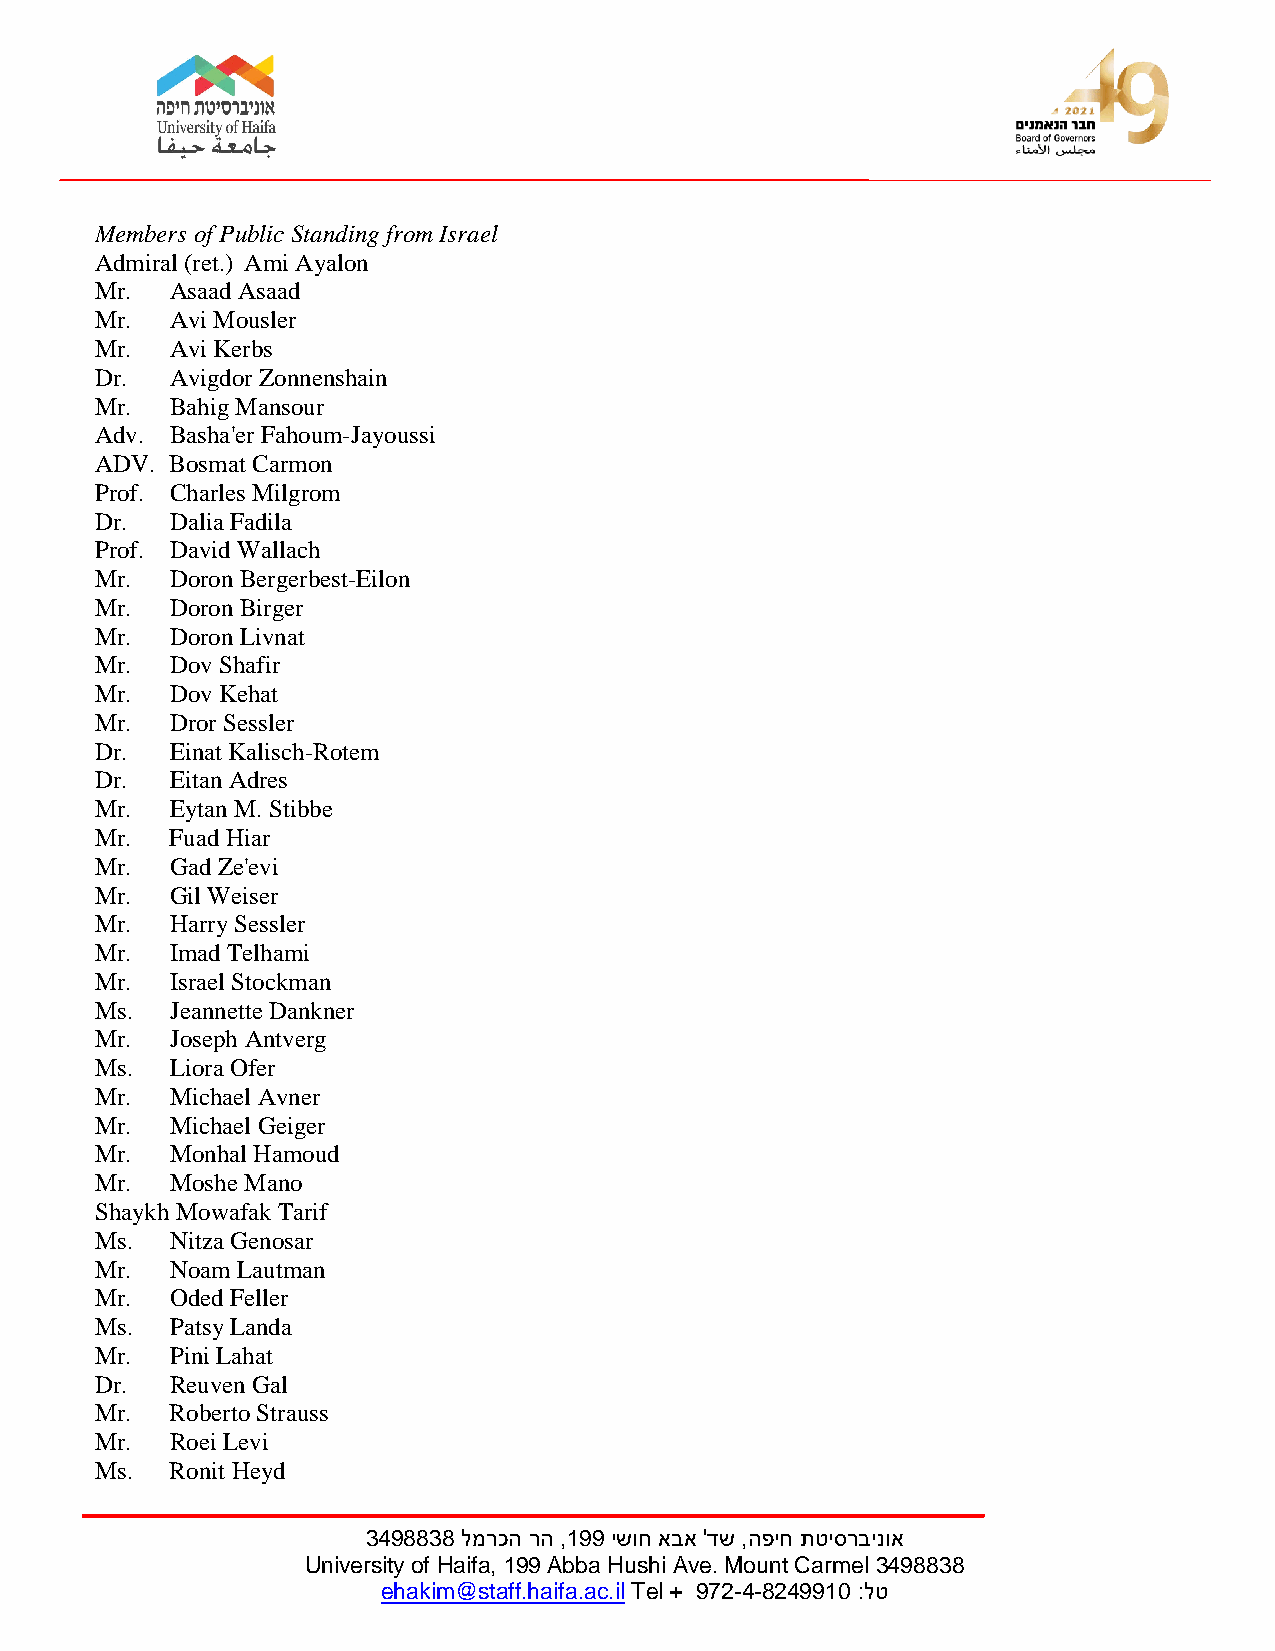
Members of Public Standing from Israel
 Admiral (ret.) Ami Ayalon
 Mr.  Asaad Asaad
 Mr.  Avi Mousler
 Mr.  Avi Kerbs
 Dr.  Avigdor Zonnenshain
 Mr.  Bahig Mansour
 Adv. Basha'er Fahoum-Jayoussi
 ADV. Bosmat Carmon
 Prof. Charles Milgrom
 Dr.  Dalia Fadila
 Prof. David Wallach
 Mr.  Doron Bergerbest-Eilon
 Mr.  Doron Birger
 Mr.  Doron Livnat
 Mr.  Dov Shafir
 Mr.  Dov Kehat
 Mr.  Dror Sessler
 Dr.  Einat Kalisch-Rotem
 Dr.  Eitan Adres
 Mr.  Eytan M. Stibbe
 Mr.  Fuad Hiar
 Mr.  Gad Ze'evi
 Mr.  Gil Weiser
 Mr.  Harry Sessler
 Mr.  Imad Telhami
 Mr.  Israel Stockman
 Ms.  Jeannette Dankner
 Mr.  Joseph Antverg
 Ms.  Liora Ofer
 Mr.  Michael Avner
 Mr.  Michael Geiger
 Mr.  Monhal Hamoud
 Mr.  Moshe Mano
 Shaykh Mowafak Tarif
 Ms.  Nitza Genosar
 Mr.  Noam Lautman
 Mr.  Oded Feller
 Ms.  Patsy Landa
 Mr.  Pini Lahat
 Dr.  Reuven Gal
 Mr.  Roberto Strauss
 Mr.  Roei Levi
 Ms.  Ronit Heyd
 3498838 למרכה רה ,199 ישוח אבא 'דש ,הפיח תטיסרבינוא
 University of Haifa, 199 Abba Hushi Ave. Mount Carmel 3498838
 ehakim@staff.haifa.ac.il Tel + 972-4-8249910 :לט